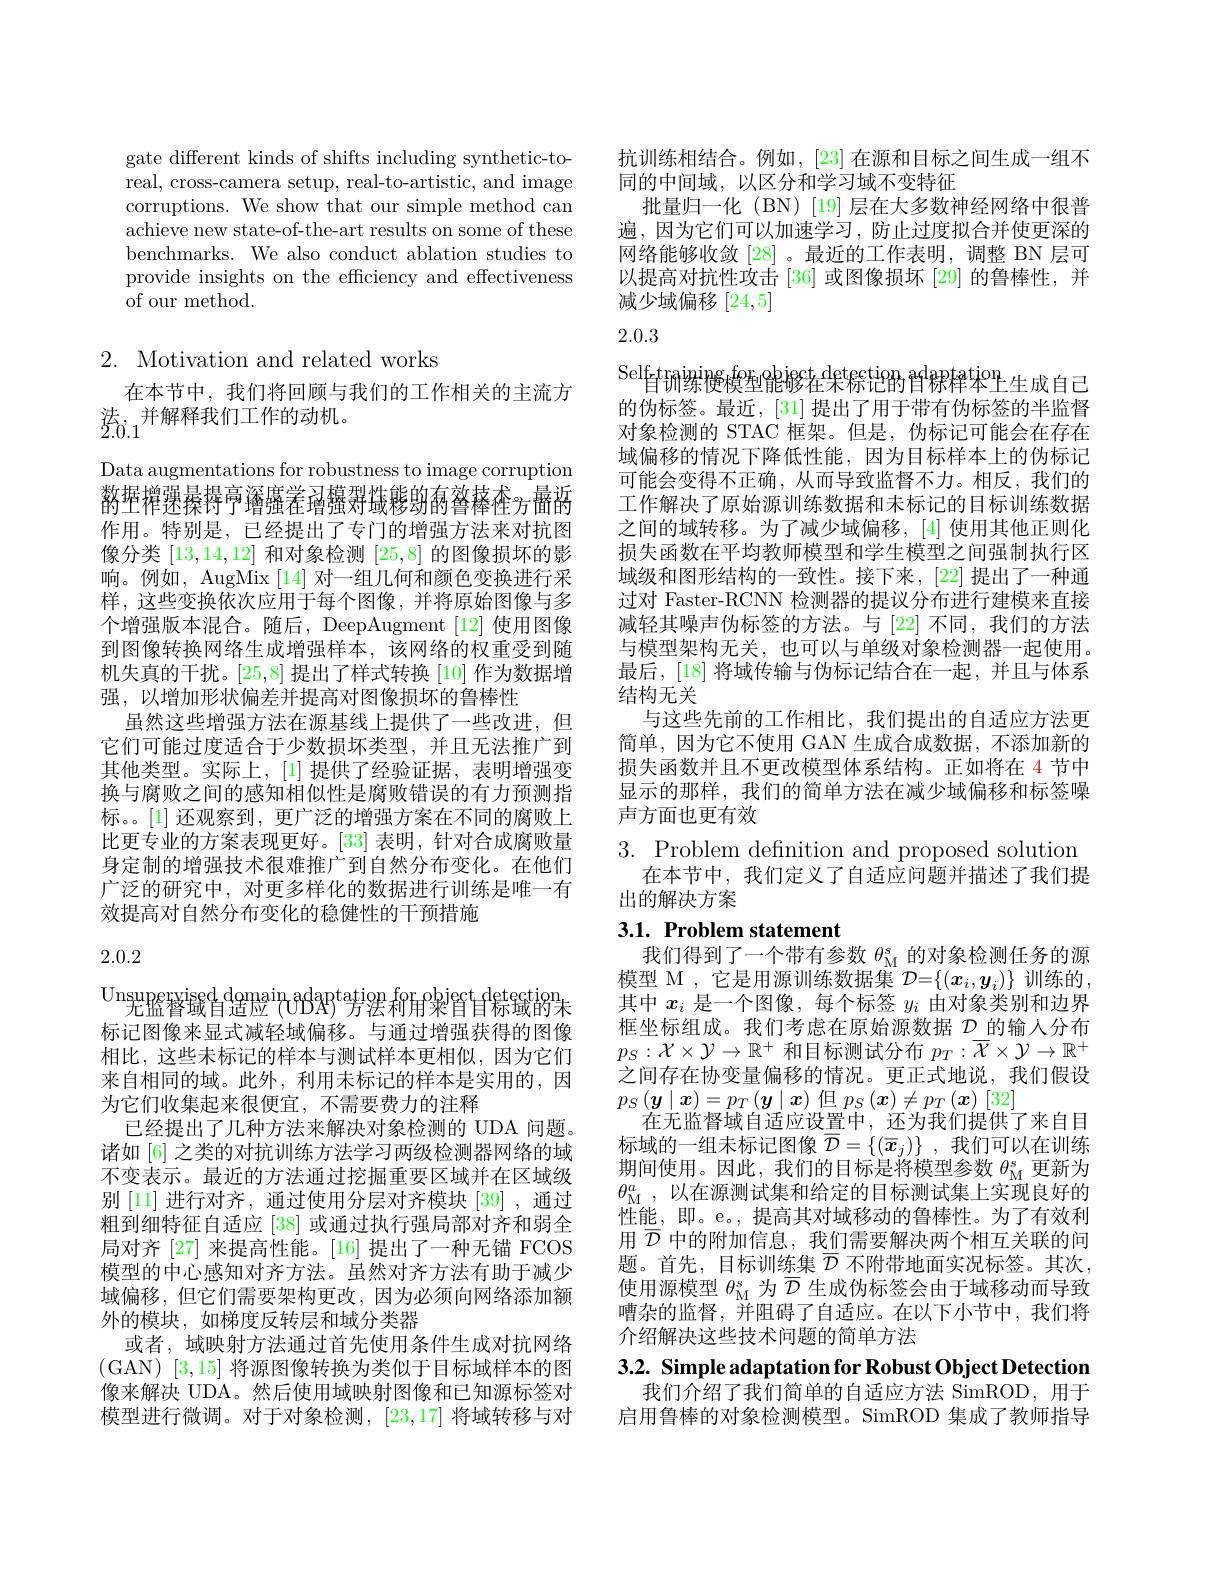
gate different kinds of shifts including synthetic-toreal, cross-camera setup, real-to-artistic, and image corruptions. We show that our simple method can achieve new state-of-the-art results on some of these benchmarks. We also conduct ablation studies to provide insights on the efficiency and effectiveness of our method.

# 2. Motivation and related works

在本节中，我们将回顾与我们的工作相关的主流方
$\text{法}_{2.\dot{0}.1}^{\text{并解释我们工作的动机。}}$

Data augmentations for robustness to image corruption 豹坪增强暴暴再可 还需要$=\frac{1}{2}$的一个人$\frac{1}{2}$ 作用。特别是，已经提出了专门的增强方法来对抗图像分类[13,14,12]和对象检测[25,8]的图像损坏的影响。例如，AugMix [14]对一组几何和颜色变换进行采样，这些变换依次应用于每个图像，并将原始图像与多个增强版本混合。随后，DeepAugment[12] 使用图像到图像转换网络生成增强样本，该网络的权重受到随机失真的干扰。[25,8]提出了样式转换[10]作为数据增强，以增加形状偏差并提高对图像损坏的鲁棒性
虽然这些增强方法在源基线上提供了一些改进，但它们可能过度适合于少数损坏类型，并且无法推广到其他类型。实际上，[1]提供了经验证据，表明增强变换与腐败之间的感知相似性是腐败错误的有力预测指标。。[1] 还观察到，更广泛的增强方案在不同的腐败上比更专业的方案表现更好。[33] 表明，针对合成腐败量身定制的增强技术很难推广到自然分布变化。在他们广泛的研究中，对更多样化的数据进行训练是唯一有效提高对自然分布变化的稳健性的干预措施

2.0.2

$\underset{\text{Unsuperxised domain}}{\operatorname*{\operatorname*{\mathrm{domain}}}}$adaptation$\overset{\mathrm{fof}}{\operatorname*{\operatorname*{\operatorname*{\operatorname*{\operatorname*{ation}}}}}}$ff$\overset{\mathrm{object}}{\operatorname*{\operatorname*{\operatorname*{\operatorname*{\operatorname*{\operatorname*{detection}}}}}}}$ 标记图像来显式减轻域偏移。与通过增强获得的图像相比，这些未标记的样本与测试样本更相似，因为它们来自相同的域。此外，利用未标记的样本是实用的，因为它们收集起来很便宜，不需要费力的注释
已经提出了几种方法来解决对象检测的 UDA 问题。诸如 [6] 之类的对抗训练方法学习两级检测器网络的域不变表示。最近的方法通过挖掘重要区域并在区域级别 [11] 进行对齐，通过使用分层对齐模块 [39] , 通过粗到细特征自适应 [38] 或通过执行强局部对齐和弱全局对齐 [27] 来提高性能。[16] 提出了一种无锚 FCOS 模型的中心感知对齐方法。虽然对齐方法有助于减少域偏移，但它们需要架构更改，因为必须向网络添加额外的模块，如梯度反转层和域分类器
或者，域映射方法通过首先使用条件生成对抗网络(GAN) [3,15] 将源图像转换为类似于目标域样本的图像来解决 UDA。然后使用域映射图像和已知源标签对模型进行微调。对于对象检测，[23,17]将域转移与对

抗训练相结合。例如，[23] 在源和目标之间生成一组不
同的中间域，以区分和学习域不变特征
批量归一化 (BN)[19]层在大多数神经网络中很普遍，因为它们可以加速学习，防止过度拟合并使更深的网络能够收敛[28]。最近的工作表明，调整 BN 层可以提高对抗性攻击[36]或图像损坏 [29] 的鲁棒性，并减少域偏移[24,5]

## 2.0.3

$\mathrm{Self}_{\text{皆训练授模型能够在来保论的首}^\mathrm{d}}$槑释$^\mathrm{trin}$ 的伪标签。最近，[31] 提出了用于带有伪标签的半监督对象检测的 STAC 框架。但是，伪标记可能会在存在域偏移的情况下降低性能，因为目标样本上的伪标记可能会变得不正确，从而导致监督不力。相反，我们的工作解决了原始源训练数据和未标记的目标训练数据之间的域转移。为了减少域偏移，[4] 使用其他正则化损失函数在平均教师模型和学生模型之间强制执行区域级和图形结构的一致性。接下来，[22] 提出了一种通过对 Faster-RCNN 检测器的提议分布进行建模来直接减轻其噪声伪标签的方法。与[22]不同，我们的方法与模型架构无关，也可以与单级对象检测器一起使用。最后，[18]将域传输与伪标记结合在一起，并且与体系结构无关
与这些先前的工作相比，我们提出的自适应方法更简单，因为它不使用 GAN 生成合成数据，不添加新的损失函数并且不更改模型体系结构。正如将在 4 节中显示的那样，我们的简单方法在减少域偏移和标签噪声方面也更有效
3. Problem definition and proposed solution

在本节中，我们定义了自适应问题并描述了我们提
## 出的解决方案

## 3.1. Problem statement 我们得到了一个带有参数$\theta_\mathrm{M}^\mathrm{s}$的对象检测任务的源

模型 M , 它是用源训练数据集$\mathcal{D}=\{(x_i,y_i)\}$训练的其中$x_i$是一个图像，每个标签$y_i$由对象类别和边界框坐标组成。我们考虑在原始源数据$\mathcal{D}$的输人分布$p_S:\mathcal{X}\times\mathcal{Y}\to\mathbb{R}^+$和目标测试分布$p_T:\overline{\mathcal{X}}\times\mathcal{Y}\to\mathbb{R}^+$ 之间存在协变量偏移的情况。更正式地说，我们假设$p_S\left(\boldsymbol{y}\mid\boldsymbol{x}\right)=p_T\left(\boldsymbol{y}\mid\boldsymbol{x}\right)$但$p_S\left(\boldsymbol{x}\right)\neq p_T\left(\boldsymbol{x}\right)\left[32\right]$
在无监督域自适应设置中，还为我们提供了来自目标域的一组未标记图像$\overline{\mathcal{D}}=\{(\overline{x}_j)\}$ ,我们可以在训练期间使用。因此，我们的目标是将模型参数$\theta_\mathrm{M}^\mathrm{s}$更新为$\theta_{\mathrm{M}}^a$,以在源测试集和给定的目标测试集上实现良好的性能，即。e。, 提高其对域移动的鲁棒性。为了有效利用$\overline{\mathcal{D}}$中的附加信息，我们需要解决两个相互关联的问题。首先，目标训练集$\overline{\mathcal{D}}$不附带地面实况标签。其次， 使用源模型$\theta_\mathrm{M}^\mathrm{s}$为$\overline{\mathcal{D}}$生成伪标签会由于域移动而导致嘈杂的监督，并阻碍了自适应。在以下小节中，我们将介绍解决这些技术问题的简单方法

3.2. Simple adaptation for Robust Object Detection

我们介绍了我们简单的自适应方法 SimROD, 用于启用鲁棒的对象检测模型。SimROD 集成了教师指导